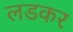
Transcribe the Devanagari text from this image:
लडकर